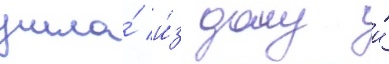
ушла́ и́з дому и́